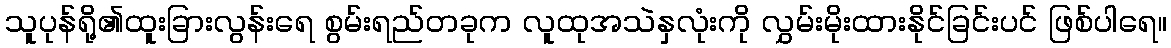
သူပုန်ရို့၏ထူးခြားလွန်းရေ စွမ်းရည်တခုက လူထုအသဲနှလုံးကို လွှမ်းမိုးထားနိုင်ခြင်းပင် ဖြစ်ပါရေ။